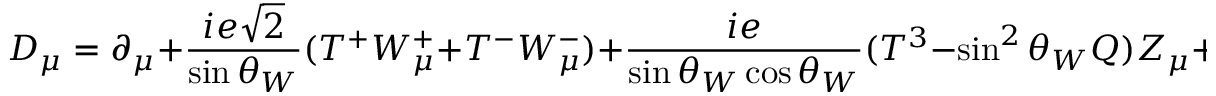
D _ { \mu } = \partial _ { \mu } + { \frac { i e \sqrt 2 } { \sin \theta _ { W } } } ( T ^ { + } W _ { \mu } ^ { + } + T ^ { - } W _ { \mu } ^ { - } ) + { \frac { i e } { \sin \theta _ { W } \cos \theta _ { W } } } ( T ^ { 3 } - \sin ^ { 2 } \theta _ { W } Q ) Z _ { \mu } + i e Q A _ { \mu } .